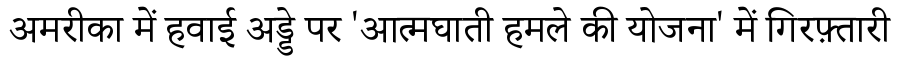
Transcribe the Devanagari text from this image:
अमरीका में हवाई अड्डे पर 'आत्मघाती हमले की योजना' में गिरफ़्तारी